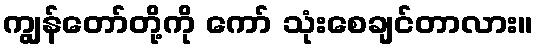
ကျွန်တော်တို့ကို ကော် သုံးစေချင်တာလား။